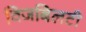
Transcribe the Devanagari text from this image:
विजबिलटी